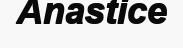
Anastice